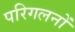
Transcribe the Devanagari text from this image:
परिगलनों